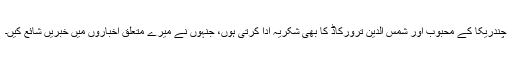
چندریکا کے محبوب اور شمس الدین ترورکاڈ کا بھی شکریہ ادا کرتی ہوں، جنہوں نے میرے متعلق اخباروں میں خبریں شائع کیں۔